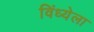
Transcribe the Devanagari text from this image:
विंध्येला